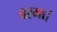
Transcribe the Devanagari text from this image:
बरमा।